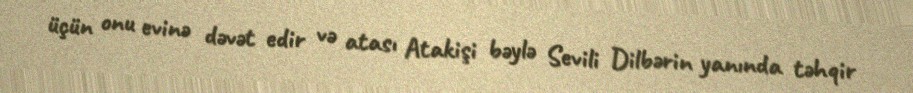
üçün onu evinə dəvət edir və atası Atakişi bəylə Sevili Dilbərin yanında təhqir